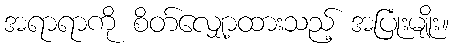
အရာရာကို စိတ်လျှော့ထားသည့် အပြုံးမျိုး။